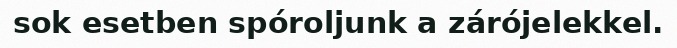
sok esetben spóroljunk a zárójelekkel.